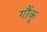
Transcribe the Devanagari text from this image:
गौंकू